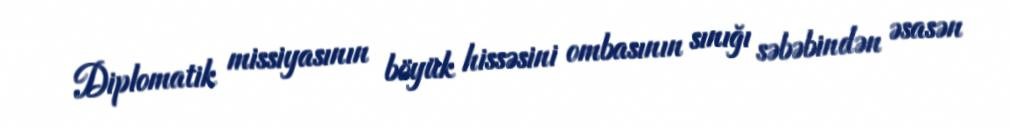
Diplomatik missiyasının böyük hissəsini ombasının sınığı səbəbindən əsasən